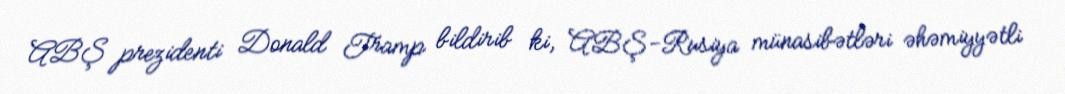
ABŞ prezidenti Donald Tramp bildirib ki, ABŞ-Rusiya münasibətləri əhəmiyyətli